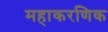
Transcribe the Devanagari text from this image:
महाकरणिक